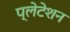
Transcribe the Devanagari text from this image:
प्लेटेशन